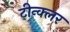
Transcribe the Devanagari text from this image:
टीन्क्लर